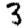
Digit: 3